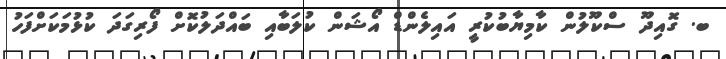
ބ. ގޮއިދޫ ސްކޫލުން ކާމިޔާބުކުރީ އައިލެންޑް އޯޝަން ކުލަބާއި ބައްދަލުކޮށް ފޯރިގަދަ ކުޅުމަކަށްފަހު